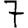
Digit: 7